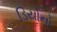
ડિયોનો